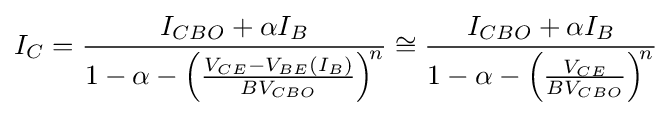
I_{C}={\frac {I_{CBO}+\alpha I_{B}}{1-\alpha -\left({\frac {V_{CE}-V_{BE}(I_{B})}{BV_{CBO}}}\right)^{\!n}}}\cong {\frac {I_{CBO}+\alpha I_{B}}{1-\alpha -\left({\frac {V_{CE}}{BV_{CBO}}}\right)^{\!n}}}